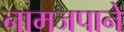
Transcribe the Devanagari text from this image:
नामजपाने